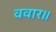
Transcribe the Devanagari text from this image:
ववार॥